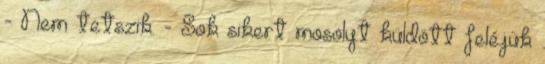
- Nem tetszik. - Sok sikert mosolyt küldött feléjük